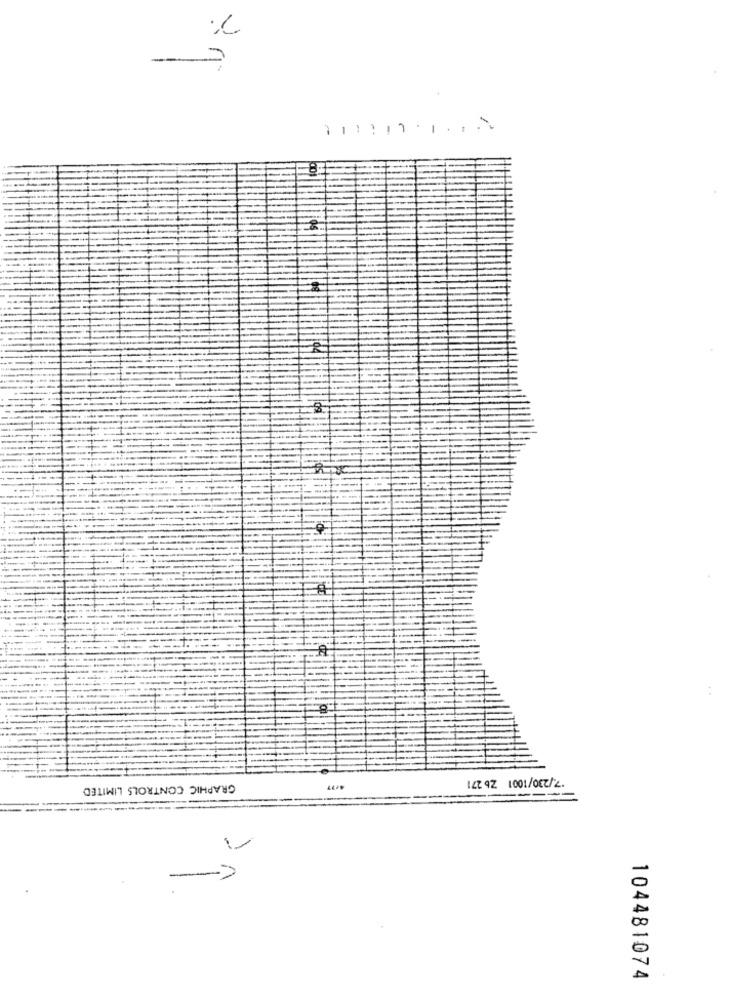
8
GRAPHIC CONTROLS LIMITED
====
104481074